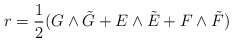
\begin{align*}r={1\over 2}(G\wedge\tilde G+E\wedge\tilde E+F\wedge\tilde F)\end{align*}